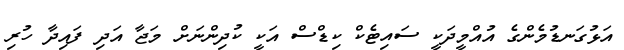
އަޅުގަނޑުމެންގެ އުއްމީދަކީ ސައިޓެކް ކިޑްސް އަކީ ކުދިންނަށް މަޖާ އަދި ފައިދާ ހުރި